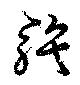
騃